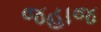
જહાજ